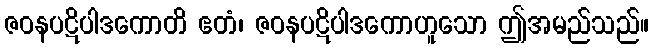
ဇဝနပဋိပါဒကောတိ ဧတံ၊ ဇဝနပဋိပါဒကောဟူသော ဤအမည်သည်။